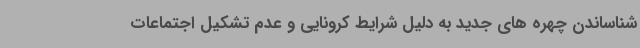
شناساندن چهره های جدید به دلیل شرایط کرونایی و عدم تشکیل اجتماعات